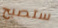
ستصبح